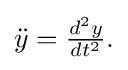
{\textstyle {\ddot {y}}={\frac {d^{2}y}{dt^{2}}}.}